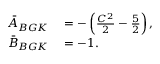
\begin{array} { r l } { \bar { A } _ { B G K } } & { { } = - \left( \frac { C ^ { 2 } } { 2 } - \frac { 5 } { 2 } \right) , } \\ { \bar { B } _ { B G K } } & { { } = - 1 . } \end{array}